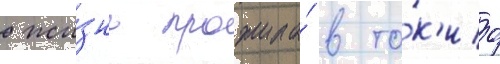
жи́знь прожила́ в то́к'ио